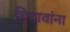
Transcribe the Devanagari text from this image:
चित्रावांना